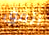
اتفق